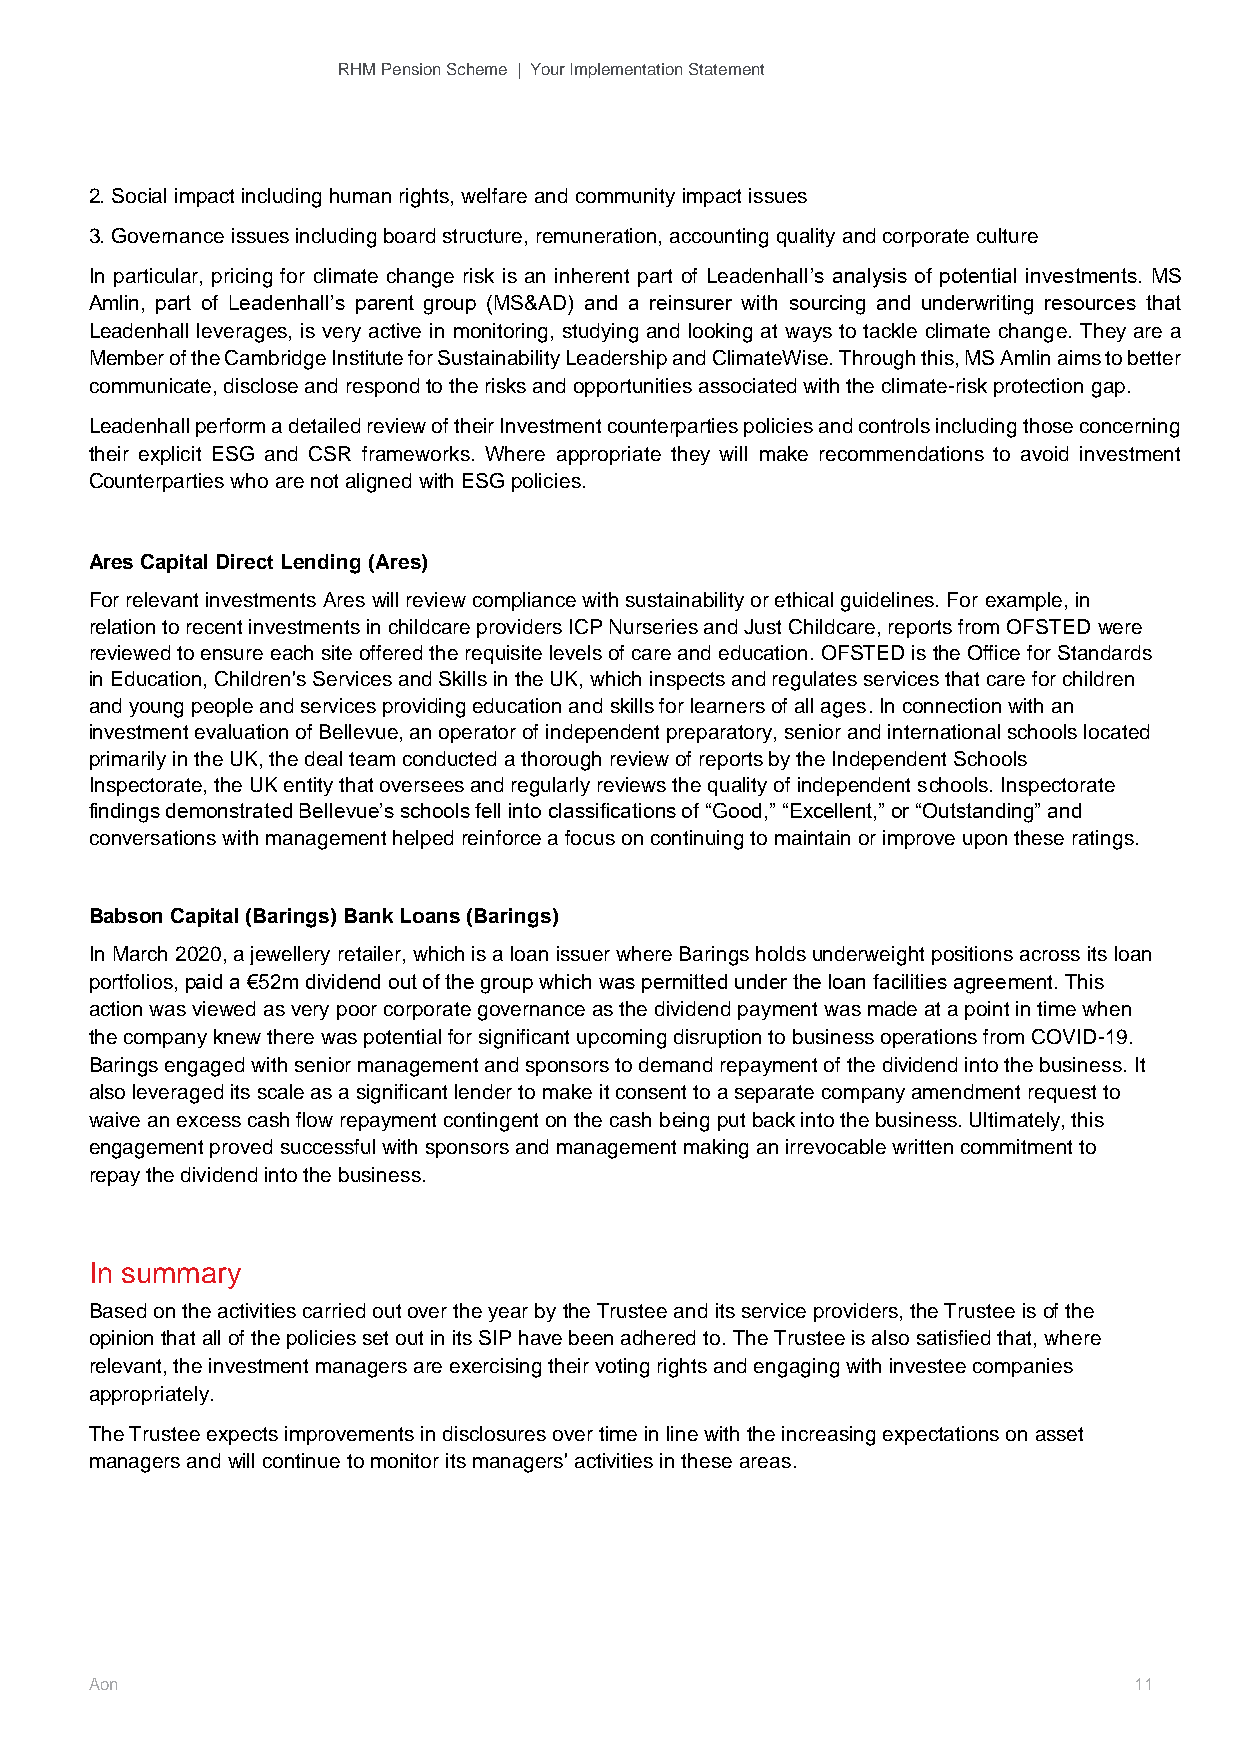
RHM Pension Scheme | Your Implementation Statement
 2. Social impact including human rights, welfare and community impact issues
 3. Governance issues including board structure, remuneration, accounting quality and corporate culture
 In particular, pricing for climate change risk is an inherent part of Leadenhall’s analysis of potential investments. MS
 Amlin, part of Leadenhall’s parent group (MS&AD) and a reinsurer with sourcing and underwriting resources that
 Leadenhall leverages, is very active in monitoring, studying and looking at ways to tackle climate change. They are a
 Member of the Cambridge Institute for Sustainability Leadership and ClimateWise. Through this, MS Amlin aims to better
 communicate, disclose and respond to the risks and opportunities associated with the climate-risk protection gap.
 Leadenhall perform a detailed review of their Investment counterparties policies and controls including those concerning
 their explicit ESG and CSR frameworks. Where appropriate they will make recommendations to avoid investment
 Counterparties who are not aligned with ESG policies.
 Ares Capital Direct Lending (Ares)
 For relevant investments Ares will review compliance with sustainability or ethical guidelines. For example, in
 relation to recent investments in childcare providers ICP Nurseries and Just Childcare, reports from OFSTED were
 reviewed to ensure each site offered the requisite levels of care and education. OFSTED is the Office for Standards
 in Education, Children's Services and Skills in the UK, which inspects and regulates services that care for children
 and young people and services providing education and skills for learners of all ages. In connection with an
 investment evaluation of Bellevue, an operator of independent preparatory, senior and international schools located
 primarily in the UK, the deal team conducted a thorough review of reports by the Independent Schools
 Inspectorate, the UK entity that oversees and regularly reviews the quality of independent schools. Inspectorate
 findings demonstrated Bellevue’s schools fell into classifications of “Good,” “Excellent,” or “Outstanding” and
 conversations with management helped reinforce a focus on continuing to maintain or improve upon these ratings.
 Babson Capital (Barings) Bank Loans (Barings)
 In March 2020, a jewellery retailer, which is a loan issuer where Barings holds underweight positions across its loan
 portfolios, paid a €52m dividend out of the group which was permitted under the loan facilities agreement. This
 action was viewed as very poor corporate governance as the dividend payment was made at a point in time when
 the company knew there was potential for significant upcoming disruption to business operations from COVID-19.
 Barings engaged with senior management and sponsors to demand repayment of the dividend into the business. It
 also leveraged its scale as a significant lender to make it consent to a separate company amendment request to
 waive an excess cash flow repayment contingent on the cash being put back into the business. Ultimately, this
 engagement proved successful with sponsors and management making an irrevocable written commitment to
 repay the dividend into the business.
 In summary
 Based on the activities carried out over the year by the Trustee and its service providers, the Trustee is of the
 opinion that all of the policies set out in its SIP have been adhered to. The Trustee is also satisfied that, where
 relevant, the investment managers are exercising their voting rights and engaging with investee companies
 appropriately.
 The Trustee expects improvements in disclosures over time in line with the increasing expectations on asset
 managers and will continue to monitor its managers' activities in these areas.
 Aon                                                                  11